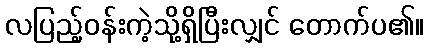
လပြည့်ဝန်းကဲ့သို့ရှိပြီးလျှင် တောက်ပ၏။